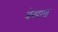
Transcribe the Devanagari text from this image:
बेसाव